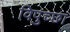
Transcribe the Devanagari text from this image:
विपुच्छा